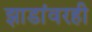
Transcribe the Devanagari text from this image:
झाडांवरही